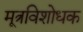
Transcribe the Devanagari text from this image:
मूत्रविशोधक